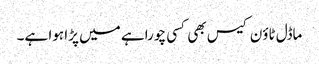
ماڈل ٹاؤن کیس بھی کسی چوراہے میں پڑا ہوا ہے۔